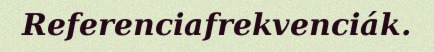
Referenciafrekvenciák.